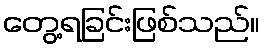
တွေ့ရခြင်းဖြစ်သည်။